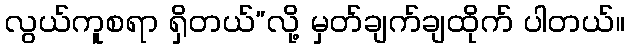
လွယ်ကူစရာ ရှိတယ်”လို့ မှတ်ချက်ချထိုက် ပါတယ်။